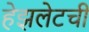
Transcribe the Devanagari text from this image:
हेझलेटची